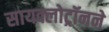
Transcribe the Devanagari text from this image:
सायक्लोट्रॉनने